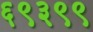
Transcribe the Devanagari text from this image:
६९३९९